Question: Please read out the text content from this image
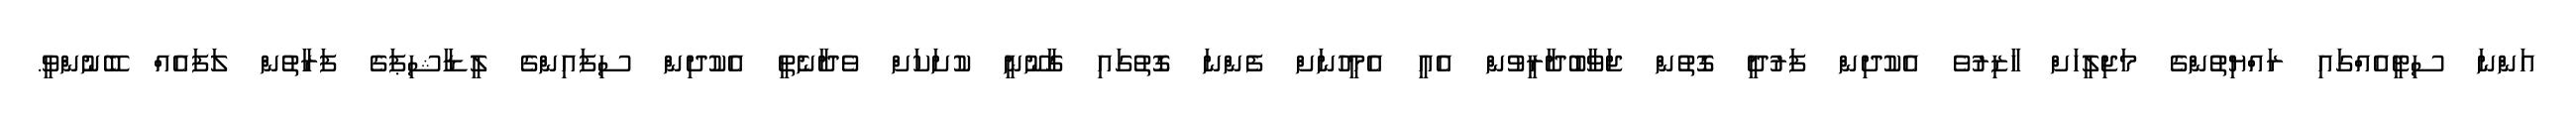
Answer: އަންނަ ސިޓީއެއްގައި ރައްޔިތުންގެ މަޖިލީހަށް ހާޒިރުވެ އެކުދިން ފަރުދީ ގޮތުން ޖަވާބުދާރީވުން އެއީ އެމީހުނަށް ފެންނަ ގޮތުގައި ގާނޫނީ ކުށަކަށް ވެދާނެތީ އެކުދިން ސިފައިންގެ ލީޑާޝިޕަގެ ފަރާތުން ލަފައެއް ބޭނުންވީ.